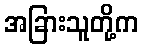
အခြားသူတို့က